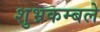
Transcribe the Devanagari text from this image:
शुभ्रकम्बले